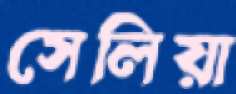
সেলিয়া